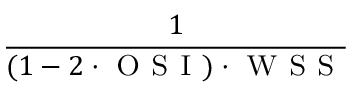
\displaystyle \frac { 1 } { ( 1 - 2 \cdot \textsc { O S I } ) \cdot \textsc { W S S } }